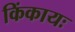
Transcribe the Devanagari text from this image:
किंकायः